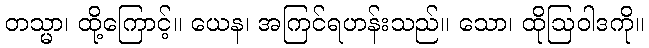
တသ္မာ၊ ထို့ကြောင့်။ ယေန၊ အကြင်ရဟန်းသည်။ သော၊ ထိုဩဝါဒကို။